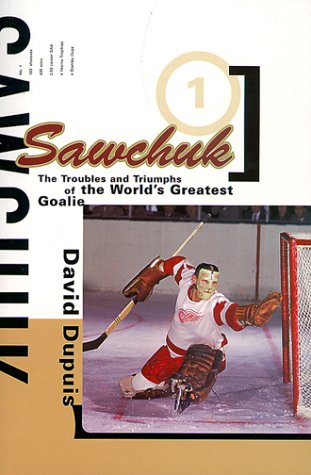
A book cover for Sawchuk: The Troubles and Triumphs of the World's Greatest Goalie; David Dupuis; Biographies & Memoirs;